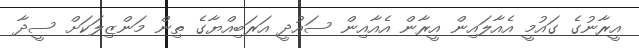
އީރާނުގެ ގައުމީ އެއާލައިން އީރާން އެއާއިން ސައުދީ އަރަބިއްޔާގެ ތިން މަންޒިލަކަށް ސީދާ